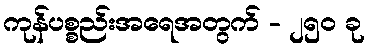
ကုန်ပစ္စည်းအရေအတွက် - ၂၅၀ ခု